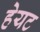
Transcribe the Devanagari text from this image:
हेयट